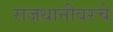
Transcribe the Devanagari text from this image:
राजधानीवरचे